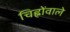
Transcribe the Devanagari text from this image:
चिह्नोंवाले